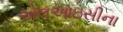
એલઆઇસીના